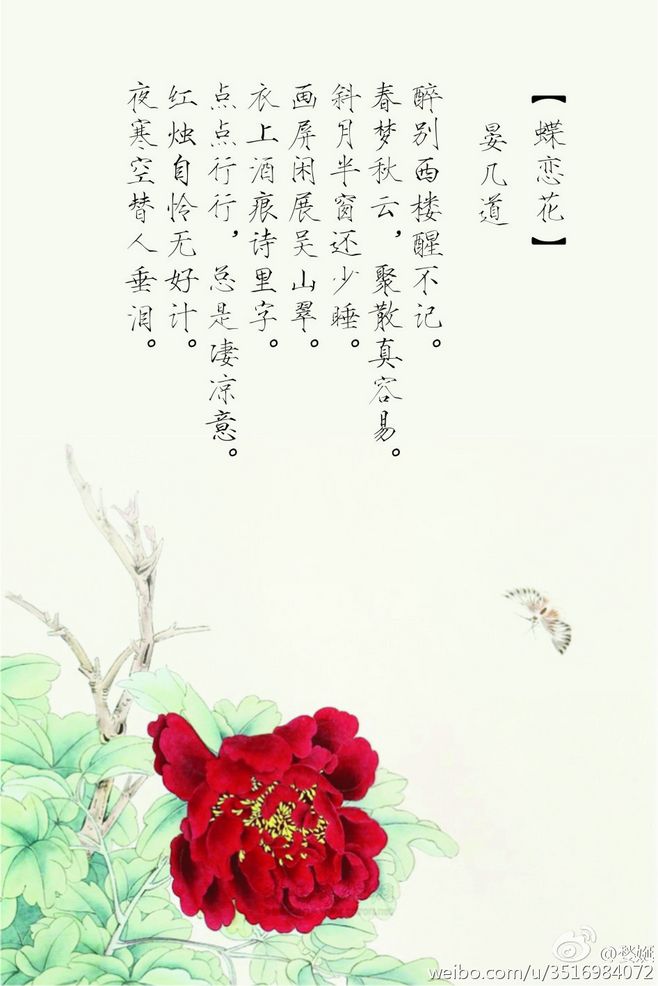
未信此情难系绊，杨花犹有东风管。